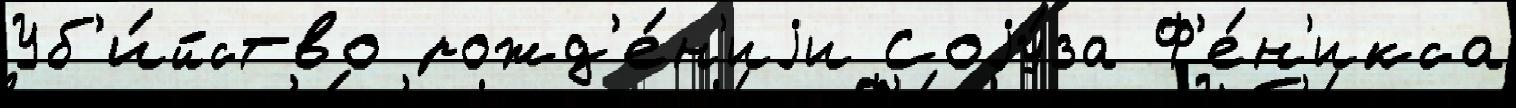
Уб'и́йство рожд'е́н'иjи Соjу́за Ф'е́н'икса